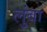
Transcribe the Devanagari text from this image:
लुंबा